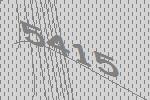
5415